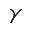
\gamma